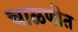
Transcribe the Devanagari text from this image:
चाळणीत